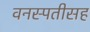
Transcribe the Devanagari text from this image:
वनस्पतीसह